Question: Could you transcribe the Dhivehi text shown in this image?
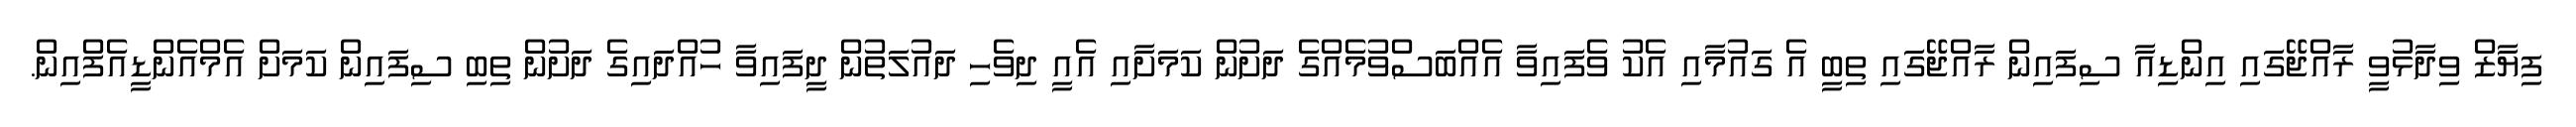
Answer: ފިޔާޒް ވިދާޅުވީ ރާއްޖޭގައި އިންޑިއާ ސިފައިން ރާއްޖޭގައި ތިބީ އެ ގައުމާއި އެކު ވެފައިވާ އެއްބަސްވުމެއްގެ ދަށުން ކަމަށާއި އެއީ ދިވެހި ދައުލަތުން ދީފައިވާ ހުއްދައިގެ ދަށުން ތިބި ސިފައިން ކަމަށް އެމްއެންޑީއެފްއިން.